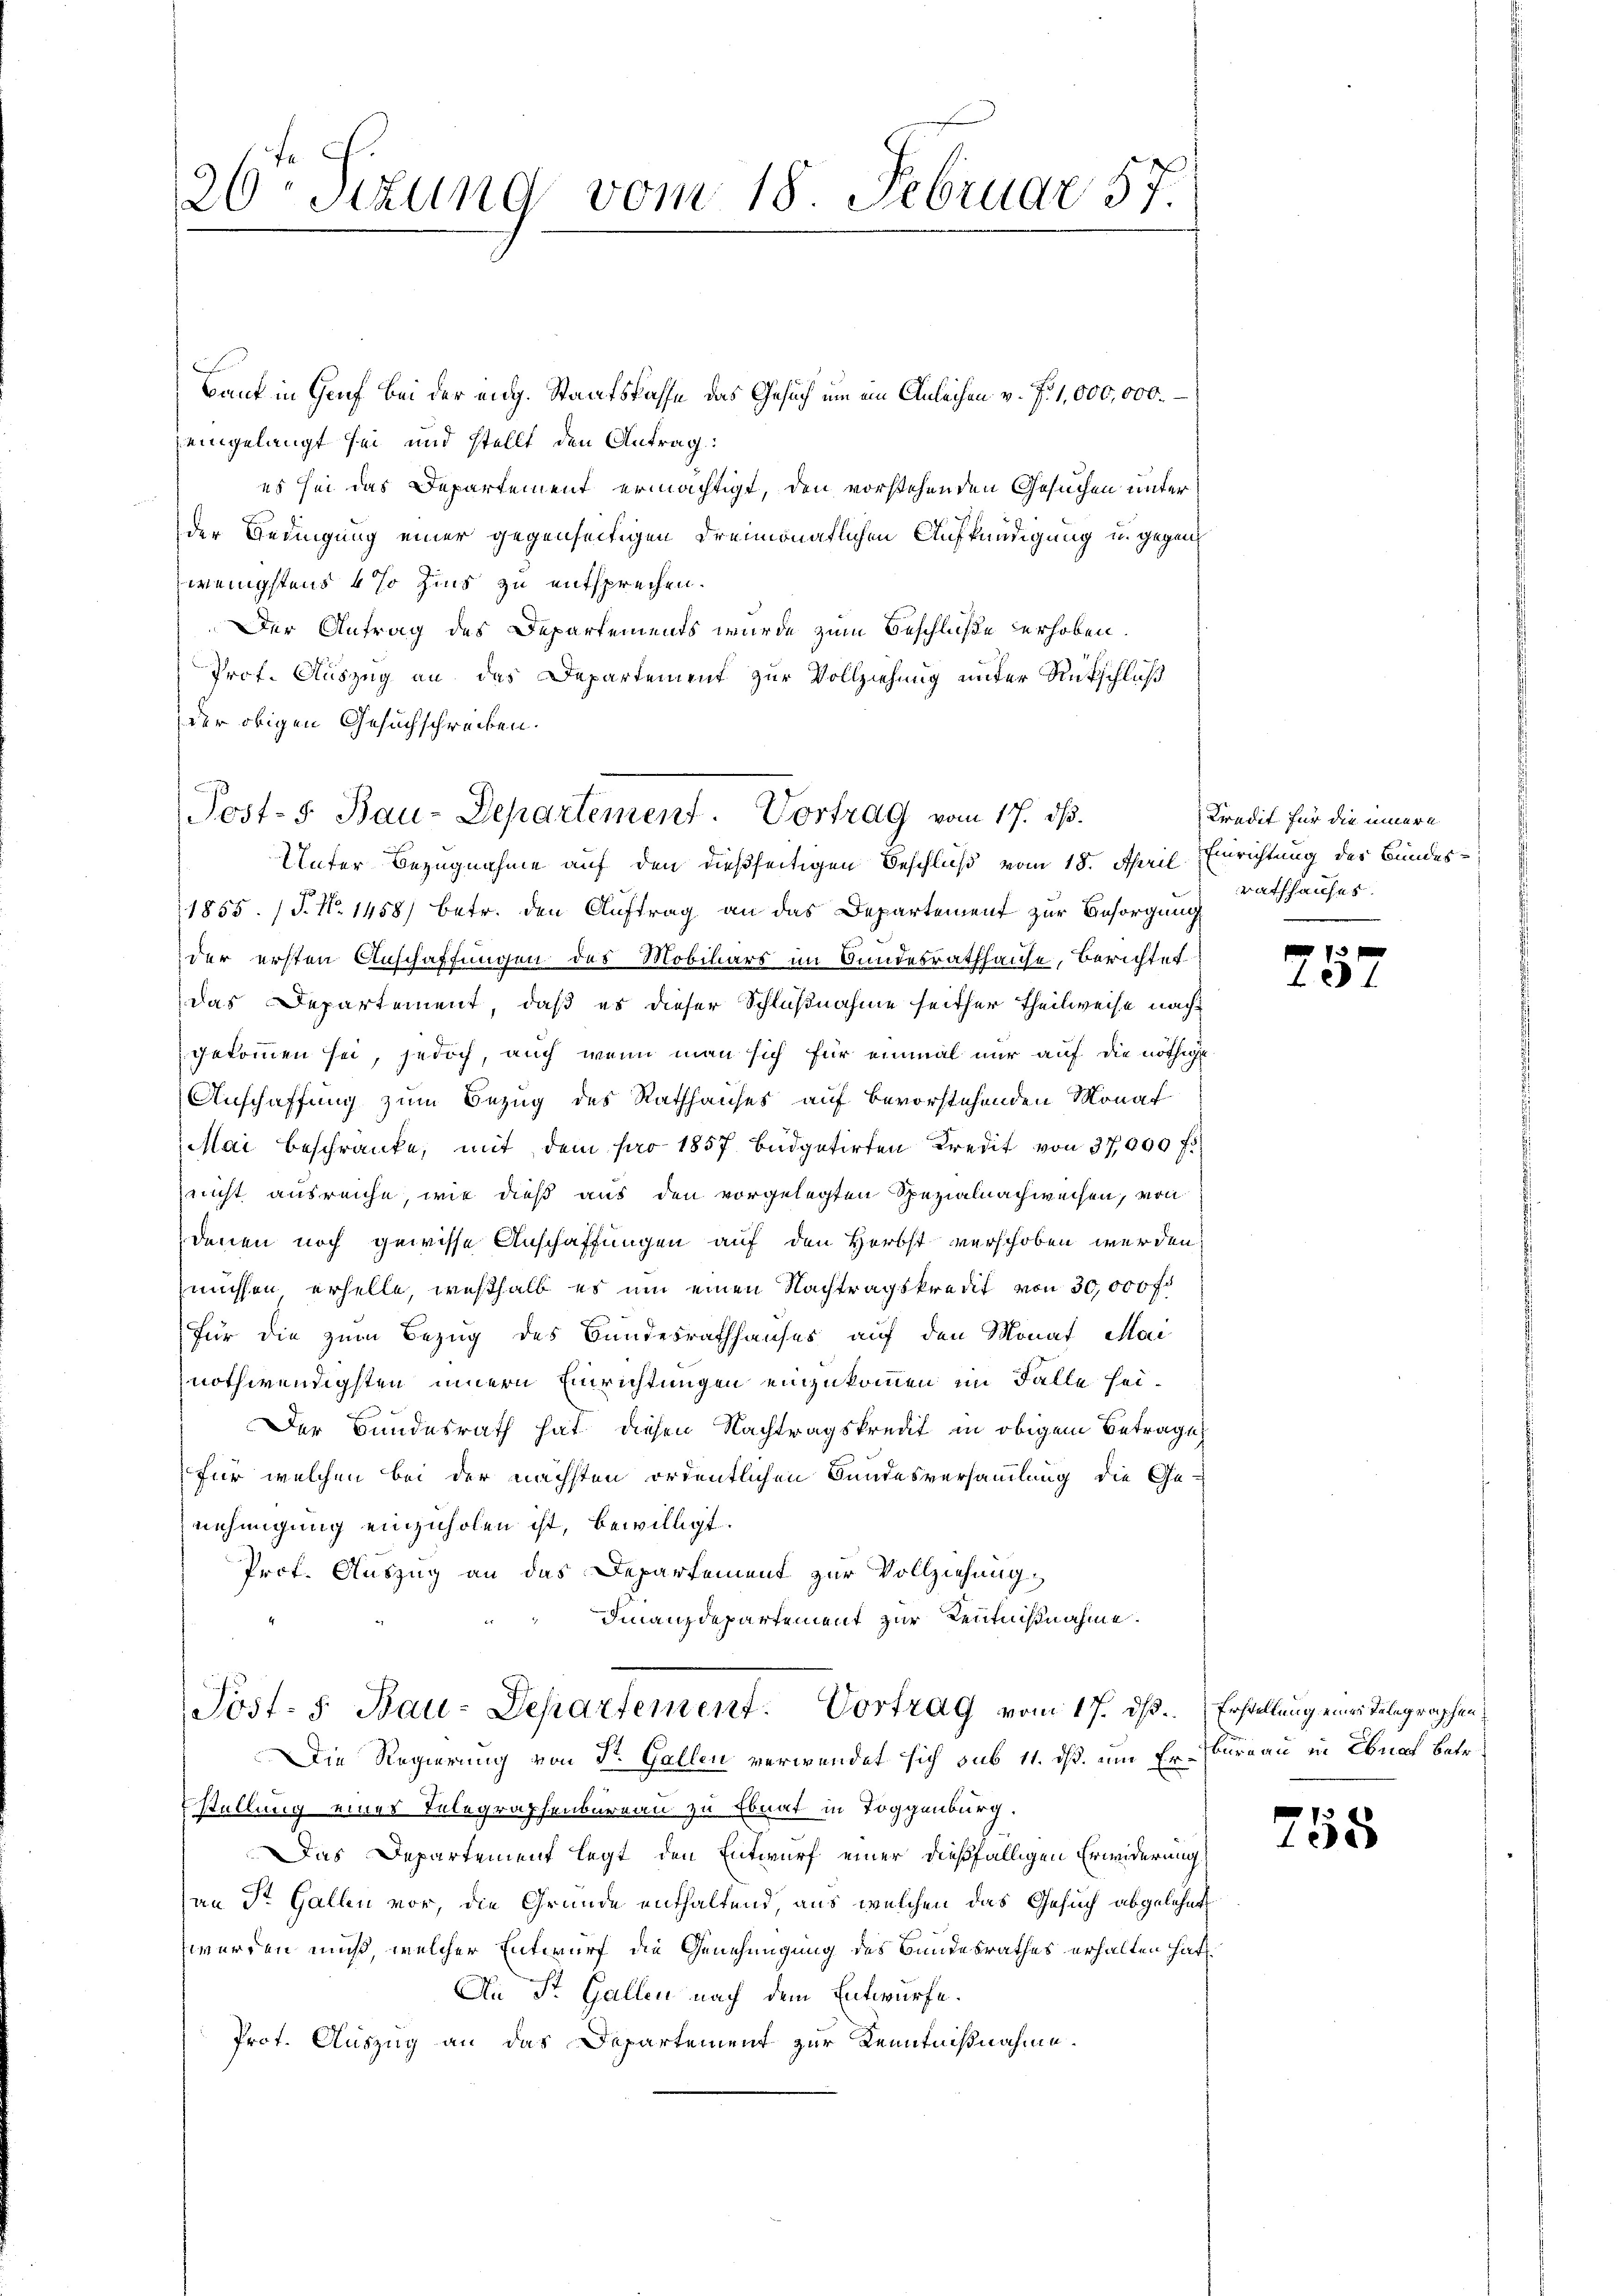
26 Sizung vom 18. Februar 57.

Bank in Genf bei der eidg. Staatskasse das Gesuch um ein Anleihen v. J. 1,000,000.
eingelangt sei und stellt den Antrag:
es sei das Departement ermächtigt, den vorstehenden Gesuchen unter
der Bedingung einer gegenseitigen dreimonatlichen Aufkündigung u. gegen
wenigstens 4% Zins zu entsprechen.
Der Antrag des Departements wurde zum Beschluße erhoben.
Prof. Auszug an das Departement zur Vollziehung unter Rückschluß
der obigen Gesuchschreiben.
1855. (T. N. 1458) betr. den Auftrag an das Departement zur Besorgung
der ersten Anschaffungen des Mobilars im Bundesrathhause, Berichtet
das Departement, daß es dieser Schlußnahme seither Theilweise nach
gekommen sei, jedoch, auch wenn man sich für einmal nur auf die nöthige
Anschaffung zum Bezug des Rathhauses auf bevorstehenden Monat
Mai beschränke, mit dem pro 1857 büdgetirten Kredit von 37,000 f
nicht ausreiche, wie dieß aus den vorgelegten Spezialnachweisen, von
denen noch gewisse Anschaffungen auf den Herbst verschoben werden.
müssen erhelle, weshalb es um einen Nachtragskredit von 30,000 fl
für die zum Bezug des Bundesrathhauses auf den Monat Mai
nothwendigsten innern Einrichtungen einzukommen im Falle sei¬
Der Bundesrath hat diesen Nachtragskredit in obigem Betrage
für welchen bei der nächsten ordentlichen Bundesversammlung die Ge-
nehmigung einzuholen ist, bewilligt.
Prof. Auszug an das Departement zur Vollziehung
Finanzdepartement zur Kenntnißnahme.
Post- 5. Bau-Departement. Vortrag vom 17. dß.
Die Regierung von St. Gallen verwendet sich sub 11. dß. um Er-Fournau in Ebnaf betr.
stellung eines Telegraphenbureau zu Ebnat in Toggenburg.
Das Departement legt den Entwurf einer dießfälligen Erwiderung
an St. Gallen vor, die Gründe enthaltend, aus welchen das Gesuch abgelehnt
werden muß, welcher Entwurf die Genehmigung des Bundesrathes erhalten hat.
An St. Gallen nach dem Entwurfe.
Prot. Auszug an das Departement zur Kenntnißnahme.

Post- 5. Bau-Departement. Vortrag vom 17. dß.
Unter Bezugnahme auf den dießseitigen Beschluß vom 18. April Einrichtung des Bundes¬

Kredit für die innern
rathhauses.

.

Erstelung einer Telegraphen

758